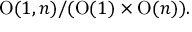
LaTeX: \mathrm { O } ( 1 , n ) / ( \mathrm { O } ( 1 ) \times \mathrm { O } ( n ) ) .